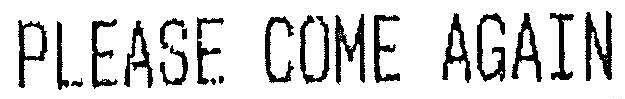
PLEASE COME AGAIN